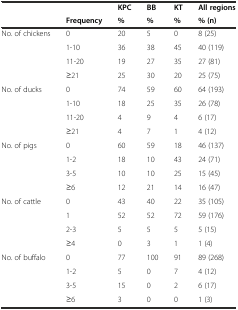
|  |  | KPC | BB | KT | All regions |
 |  | Frequency | % | % | % | % (n) |
 | --- | --- | --- | --- | --- | --- |
 | No. of chickens | 0 | 20 | 5 | 0 | 8 (25) |
 |  | 1-10 | 36 | 38 | 45 | 40 (119) |
 |  | 11-20 | 19 | 27 | 35 | 27 (81) |
 |  | ≥21 | 25 | 30 | 20 | 25 (75) |
 | No. of ducks | 0 | 74 | 59 | 60 | 64 (193) |
 |  | 1-10 | 18 | 25 | 35 | 26 (78) |
 |  | 11-20 | 4 | 9 | 4 | 6 (17) |
 |  | ≥21 | 4 | 7 | 1 | 4 (12) |
 | No. of pigs | 0 | 60 | 59 | 18 | 46 (137) |
 |  | 1-2 | 18 | 10 | 43 | 24 (71) |
 |  | 3-5 | 10 | 10 | 25 | 15 (45) |
 |  | ≥6 | 12 | 21 | 14 | 16 (47) |
 | No. of cattle | 0 | 43 | 40 | 22 | 35 (105) |
 |  | 1 | 52 | 52 | 72 | 59 (176) |
 |  | 2-3 | 5 | 5 | 5 | 5 (15) |
 |  | ≥4 | 0 | 3 | 1 | 1 (4) |
 | No. of buffalo | 0 | 77 | 100 | 91 | 89 (268) |
 |  | 1-2 | 5 | 0 | 7 | 4 (12) |
 |  | 3-5 | 15 | 0 | 2 | 6 (17) |
 |  | ≥6 | 3 | 0 | 0 | 1 (3) |